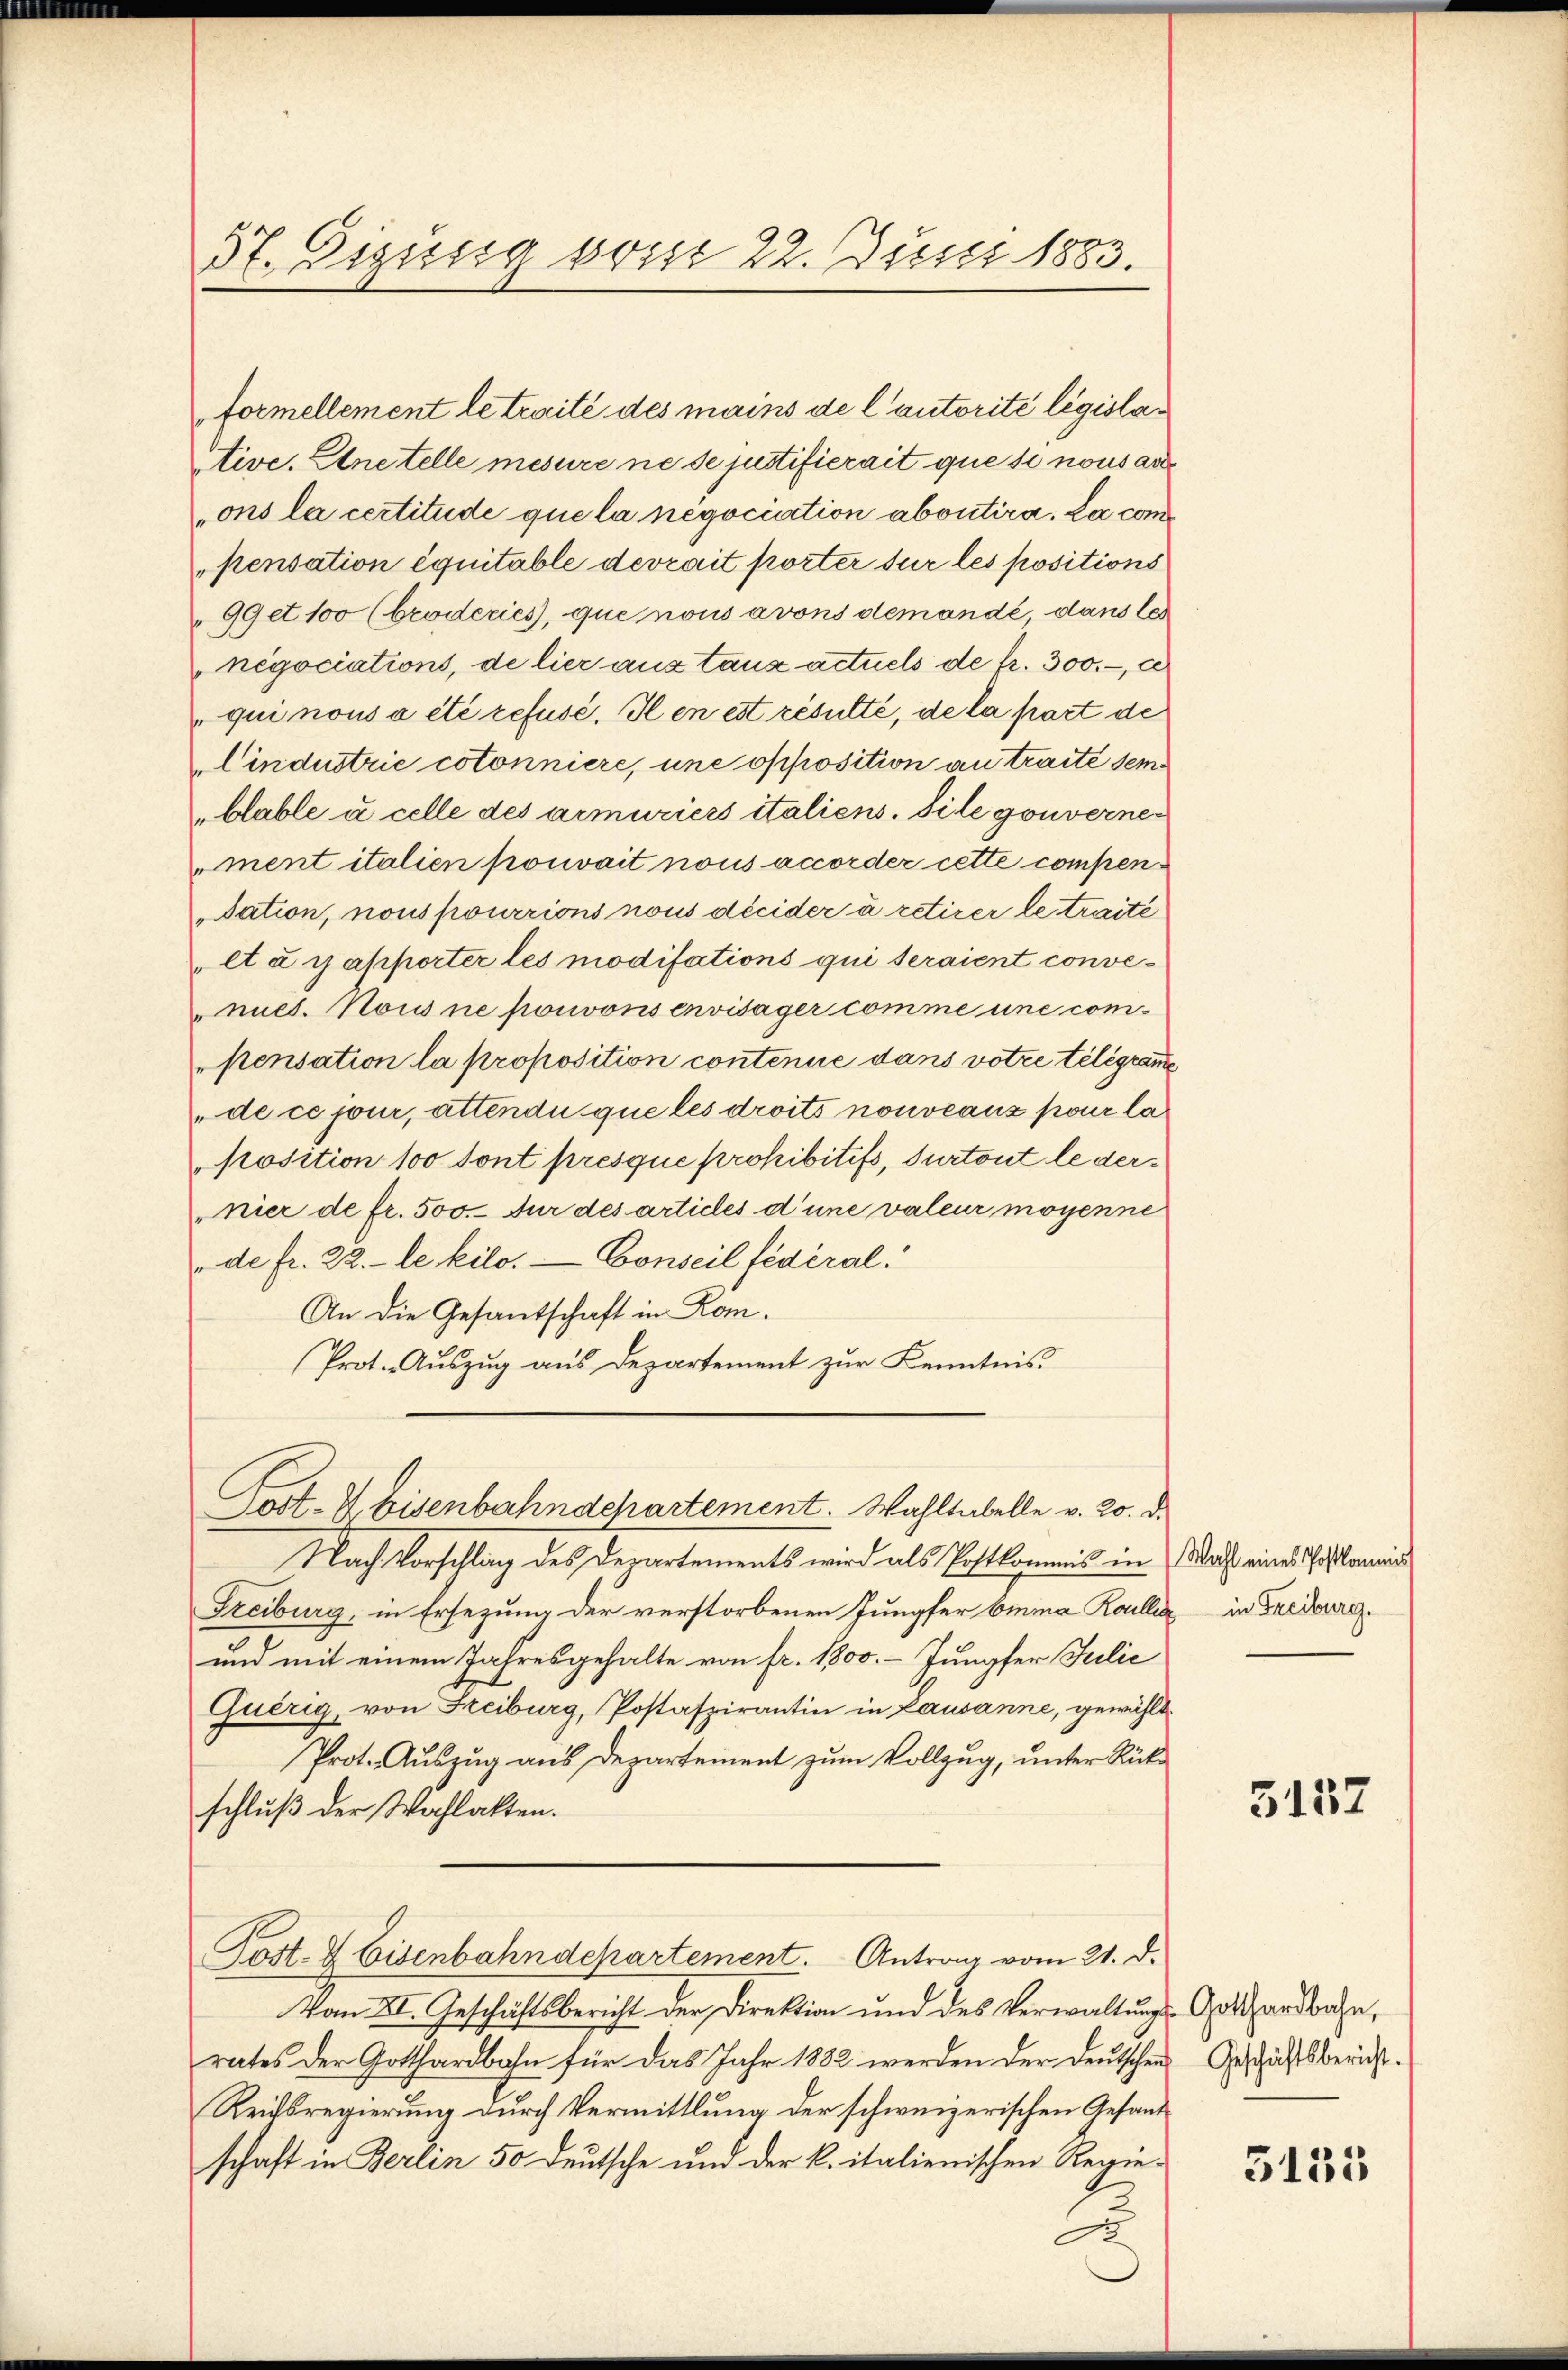
37. Digusig vom 22. Juni 1883.

formellement le traité des mains de l’autorité législative. Anstelle mesure ne se justifierait que se nous anons la certitude que la négociation abontira. La com
pensation équitable devrait porter sur les positions
99 et 100 (broderies, que nous avons demandé, dans les
negociations, de lier aus taus actuels de fr. 300.-, c
qui nous a été refusé. Il en est résulte, de la part de
Cindustrie cotonniere, une opposition an traité sem
„blable u celle des armuriers italiens. Sile gouvernement italien pouvait nous accorder cette compen¬
Dation, nous pourrions nous décider à retirer le traité
et à rapporter les modisations qui seraient convenict. Nous ne pouvons envisager comme une compensation la proposition contenue dans votre telegramme
de ce jour, attendu que les droits nouveaus pour la
Position 100 sont presque prohibitifs, Surtout le dernier de fr. 500.- Für des articles d’une valeur moyenne
de fr. 22. - le kilo. — Conseil fédéral.
An die Gesantschaft in Rom.
Prot. Auszug aus Departement zur Kenntnis.
Post- & Eisenbahndchartement. Wahltabelle v. 20. d.
Nach Vorschlag des Departements wird als Postkommis in Wahl eines Postkammin
Freiburg, in Ersezung der verstorbenen Jungfer Emma Kailli in Freiburg
und mit einem Jahresgehalte von fr. 1800. Jungfer Julić
Guèrig, von Freiburg, Postaspirantin in Lausanne, gewählt
Prot. Auszug aus Departement zum Vollzug, unter Rückschluß der Wahlakten.
Post- & Eisenbahndepartement. Antrag vom 21. d.
Vom XI. Geschäftsbericht der Direktion und des Verwaltŭngs-Gotthardbahn,
rates der Gotthardbahn für das Jahr 1882 werden der deutschen Geschäftsbericht.
Reichsregierung durch Vermittlung der schweizerischen Gesandschaft in Berlin 50 Deutsche und der k. italienischen Regie¬

5137

3155